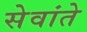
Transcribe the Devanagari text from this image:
सेवांते